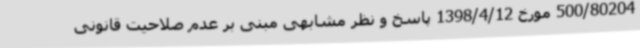
500/80204 مورخ 1398/4/12 پاسخ و نظر مشابهی مبنی بر عدم صلاحیت قانونی